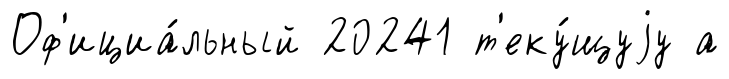
Оф'ициа́льный 20241 т'еку́щуjу а